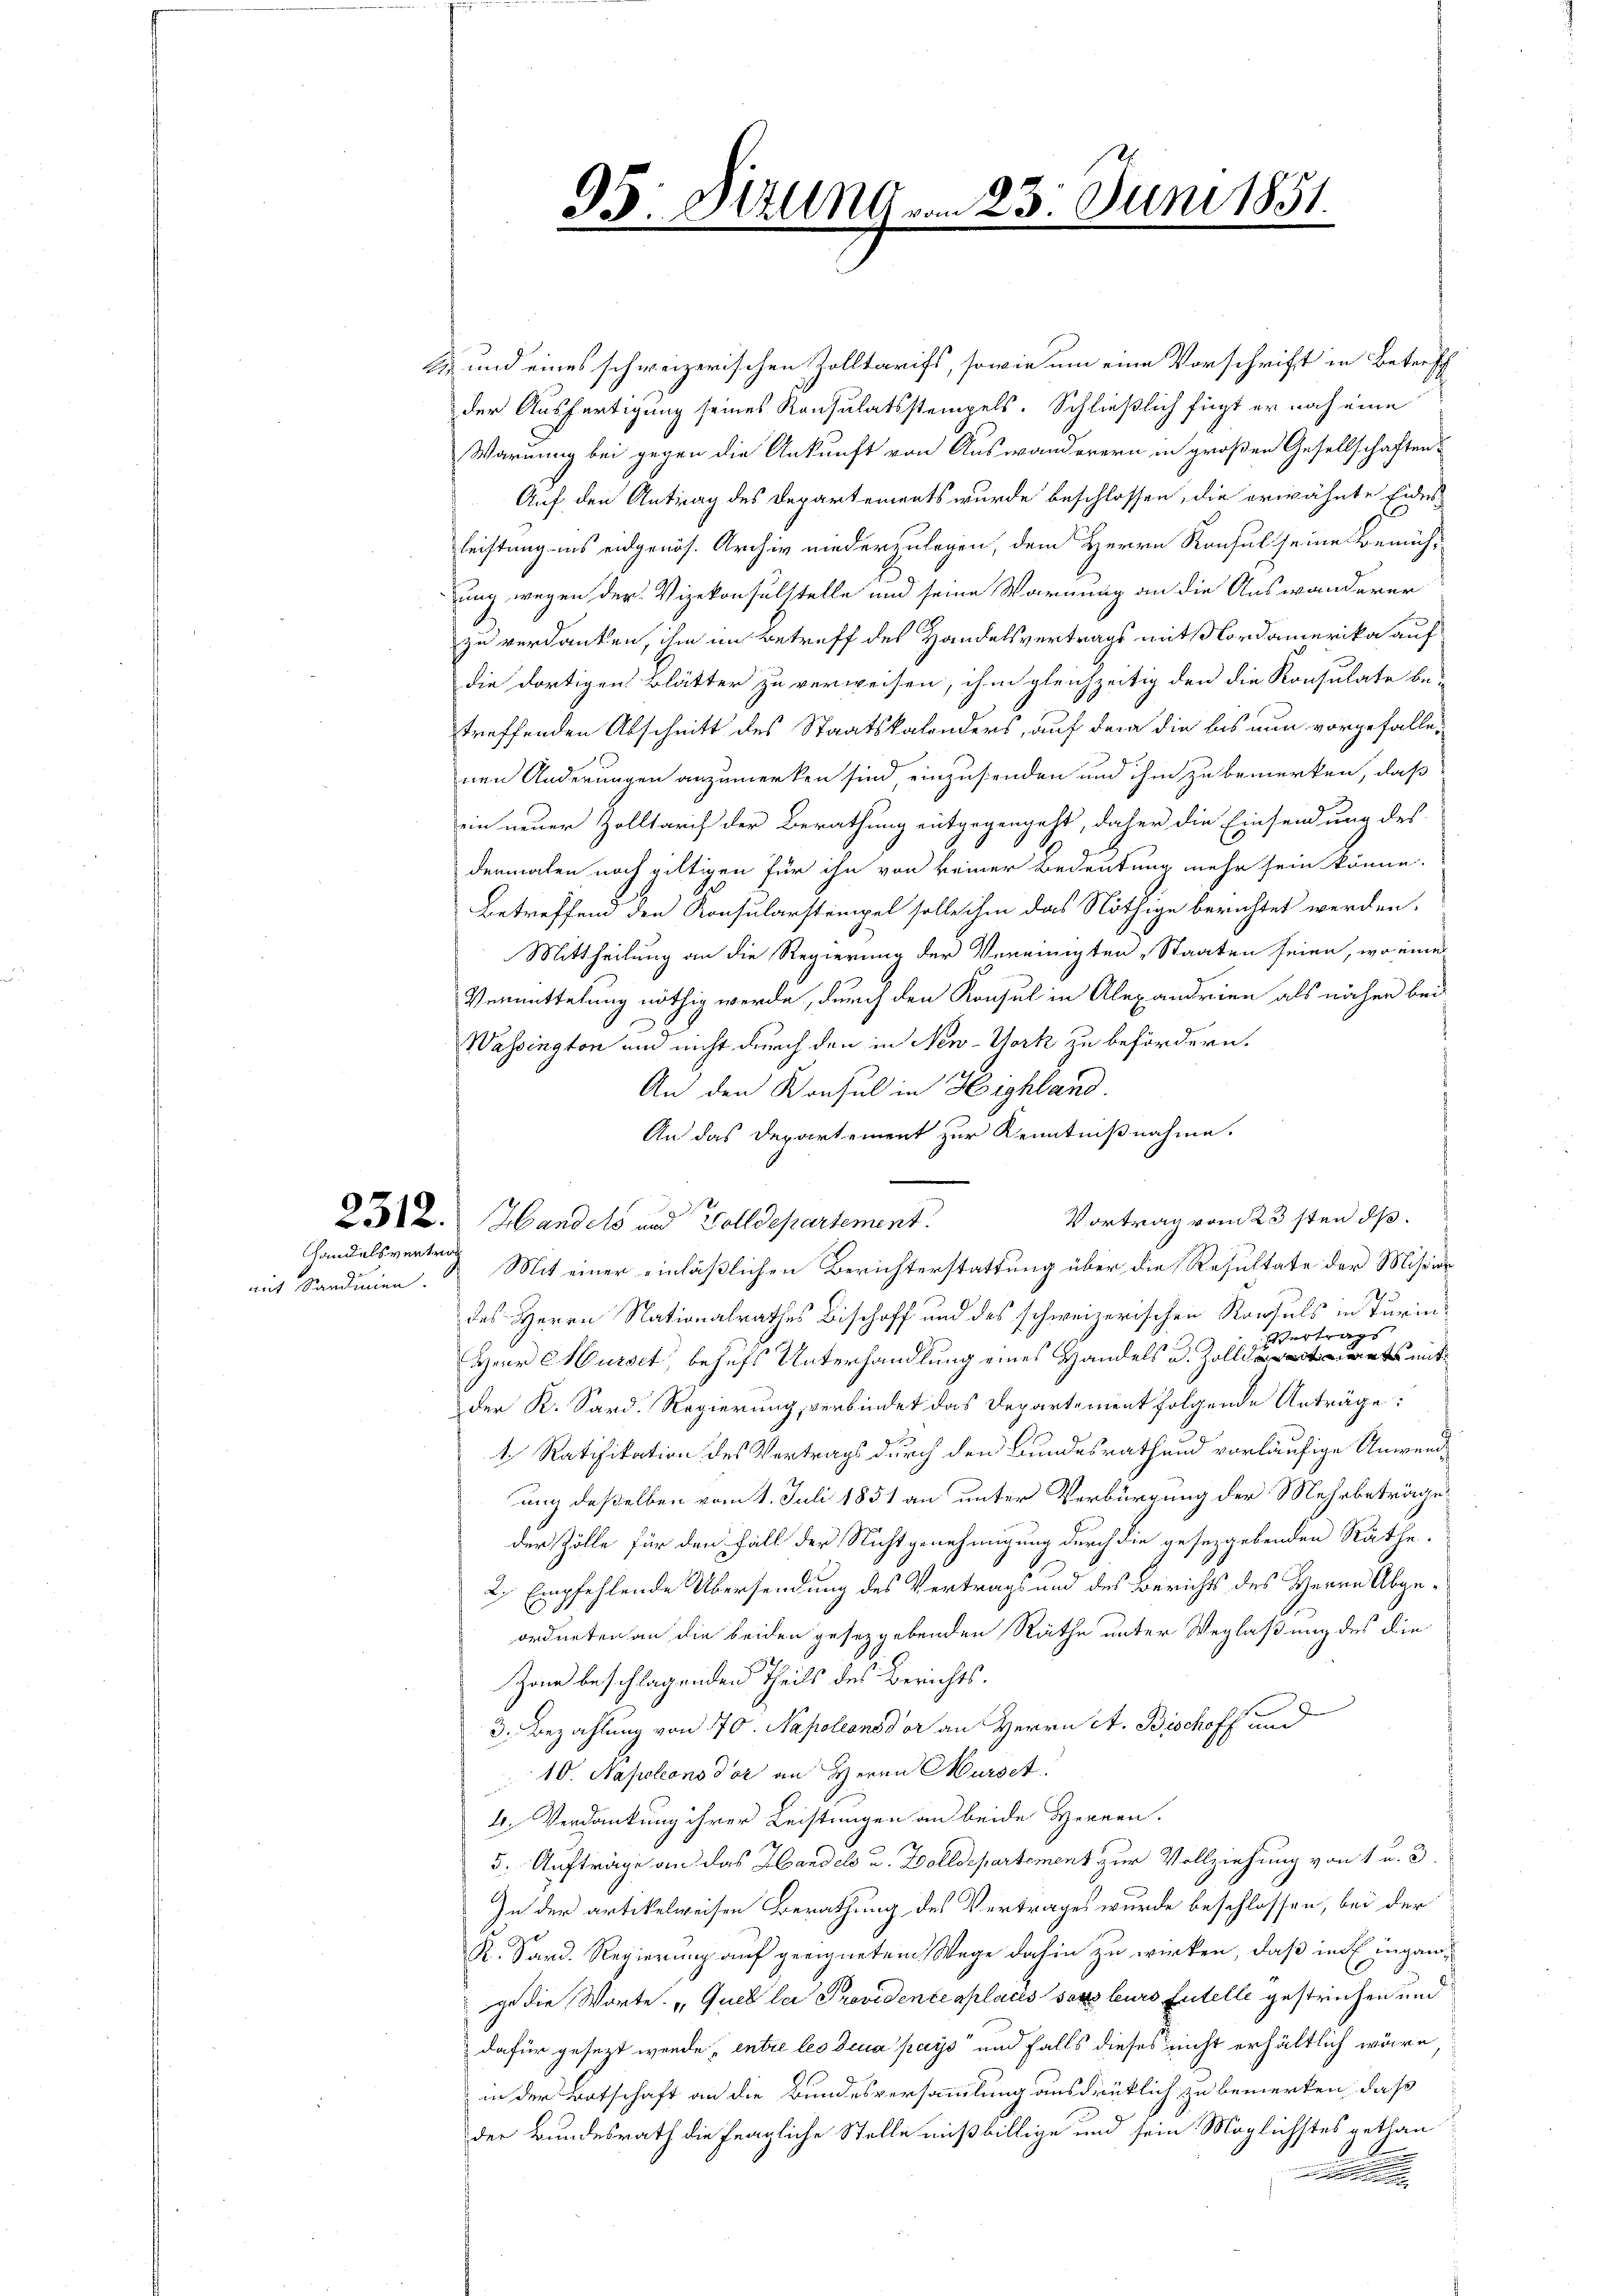
Handelsvertrag

mit Sardinien.

95. Darunt vom 23. Juni 1851

E und eines schweizerischen Zolltarifs, sowie um eine Vorschrift in Betreff
der Ausfertigung seines Konsulatsstempels. Schließlich fügt er noch eine
Warnung bei gegen die Ankunft von Auswanderern in großen Gesellschaften
Auf den Antrag des Departements wurde beschlossen, die erwähnte Eides-
leistung ins eidgenös. Archiv niederzulegen, dem Herrn Konsul seine Bemüh-
ung wegen der Vizekonsulstelle und seine Warnung an die Auswanderer
E
zu verdanken, ihm im Betreff des Handelsvertrags mitsordamerika auf
die dortigen Blätter zu verweisen, ihm gleichzeitig den die Konsulate be-
treffenden Abschnitt des Staatskalenders, auf dem die las nun vorgefallenen Änderungen anzumerken sind einzusenden und ihm zu bemerken, daß
ein neuer Zolltarif der Berathung entgegengeht, daher die Einsendung des
dermalen noch giltigen für ihn von keiner Bedeutung mehr sein könne.
Betreffend den Konsularstempel solle ihm das Nöthige berichtet werden.
Mittheilung an die Regierung der Vereinigten Staaten seien, wo eines
Vermittelung nöthig werde, durch den Konsul in Alexandrien als näher bei
Wassington und nicht durch den in New-York zu befördern.
An den Konsul in Highland.
An das Departement zur Kenntnißnahme.
Vortrag vom 23sten ds.
2312. Handels und Wolldepartement.
Mit einer einläßlichen Berichterstattung über die Resultate der Mission
des Herrn Nationalrathes Bischoff und des schweizerischen Konsuls in Turinertrags
Herr Mürset, behufs Unterhandlung eines Handels u. Zolliets mit
der K. Sard. Regierung, verbindet das Departement folgende Anträge:
1. Ratifikation des Vertrags durch den Bundesrathend vorläufige Unwend¬
und deßelben vom 1. Juli 1851 an unter Verbürgung der Mehrbeträge
der Zölle für den Fall der Nichtgenehmigung durch die gesetzgebenden Räthe
2. Empfehlende Übersendung des Vertrags und des Berichts des Herrn Abgeordneten an die beiden gesetzgebenden Räthe unter Weglaßung des die
Zone beschlagenden Theils des Berichts¬
3. Bezahlung von 170. Napoleons der an Herrn A. Bischoff und
10. Napoleonodor an Herrn Surset
4. Verdankung ihrer Leistungen an beide Herren.
5. Aufträge an das Handels u. Zolldepartement zur Vollziehung von 1 u. 3.
In der artikelweisen Berathung des Vertrages wurde beschlossen, bei der
R. Sand. Regierung auf geeignetem Wege dahin zu wirken, daß in Eingange die Worte. „Queb lei Providentenplacis sers leurs tutelle gestrichen und
dafür gesezt werde entre les dena pays und falls dieses nicht erhältlich wäre,
in der Botschaft an die Bundesversammlung ausdrüklich zu bemerken, daß
der Bundesrath die fragliche Stelle mißbillige und sein Möglichstes gethan